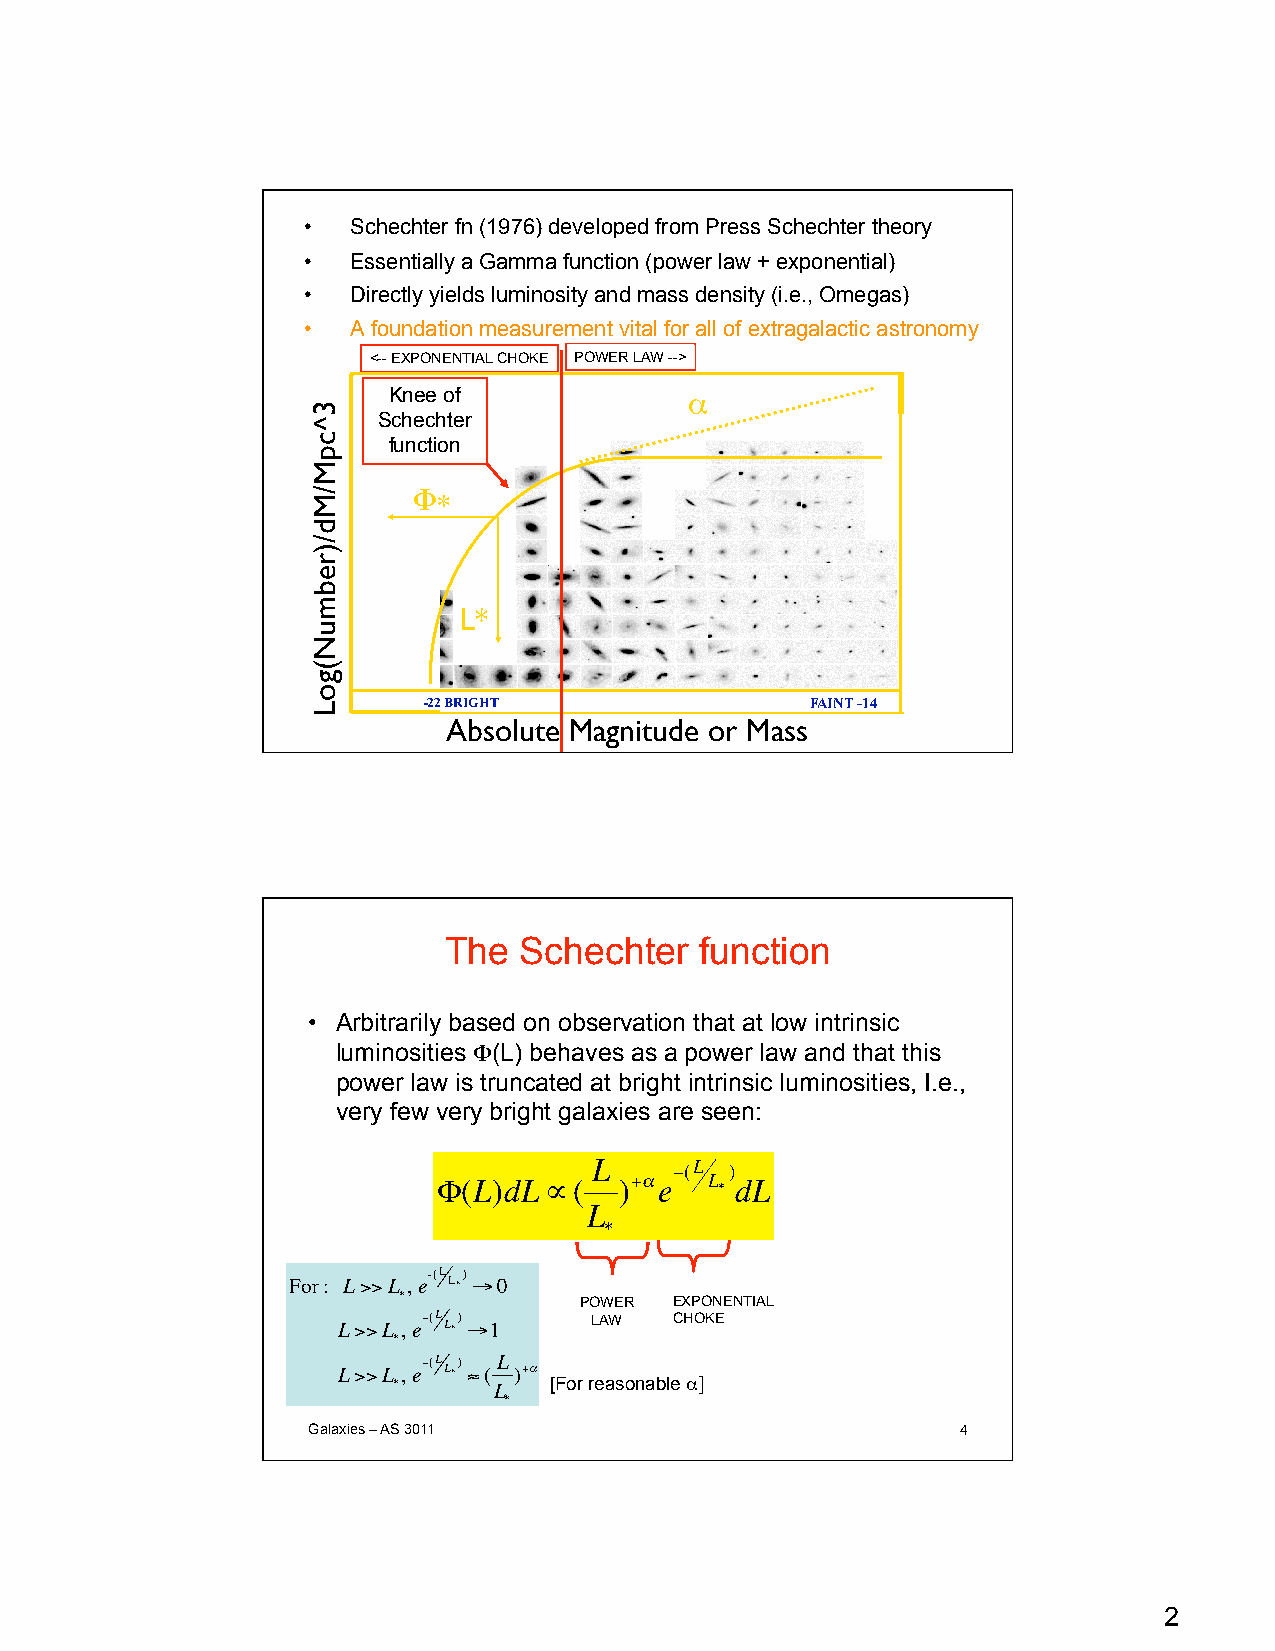
•  Schechter fn (1976) developed from Press Schechter theory
 •  Essentially a Gamma function (power law + exponential)
 •  Directly yields luminosity and mass density (i.e., Omegas)
 •  A foundation measurement vital for all of extragalactic astronomy
 <-- EXPONENTIAL CHOKE POWER LAW -->
 Knee of             α
 Schechter
 function
 Φ∗
 L*
 -22 BRIGHT                FAINT -14
 Absolute Magnitude or Mass
 The  Schechter   function
 • Arbitrarily based on observation that at low intrinsic
 luminosities Φ(L) behaves as a power law and that this
 power law is truncated at bright intrinsic luminosities, I.e.,
 very few very bright galaxies are seen:
 L     −(L )
 Φ(L)dL ∝(   )+αe  L * dL
 L
 *
 For: L>>L ,
 e-(L L*)
 →0
 *           POWER  EXPONENTIAL
 L>>L ,
 e−(L L*)
 →1
 LAW   CHOKE
 *
 €
 L>>L ,
 e−(L L*) ≈(L
 )+α
 *      L  [For reasonable α]
 *
 Galaxies – AS 3011                          4
 €
 2
 3^cpM/Md/)rebmuN(goL